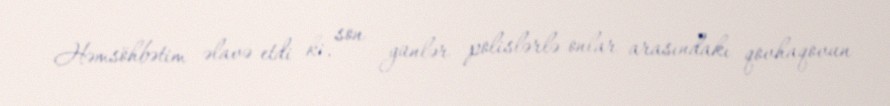
Həmsöhbətim əlavə etdi ki, son günlər polislərlə onlar arasındakı qovhaqovun